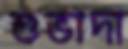
শুভাদা